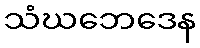
သံဃဘေဒေန